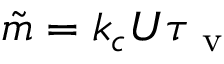
\tilde { m } = k _ { c } U \tau _ { \mathrm { ~ v ~ } }